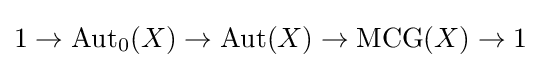
1\rightarrow \operatorname {Aut} _{0}(X)\rightarrow \operatorname {Aut} (X)\rightarrow \operatorname {MCG} (X)\rightarrow 1